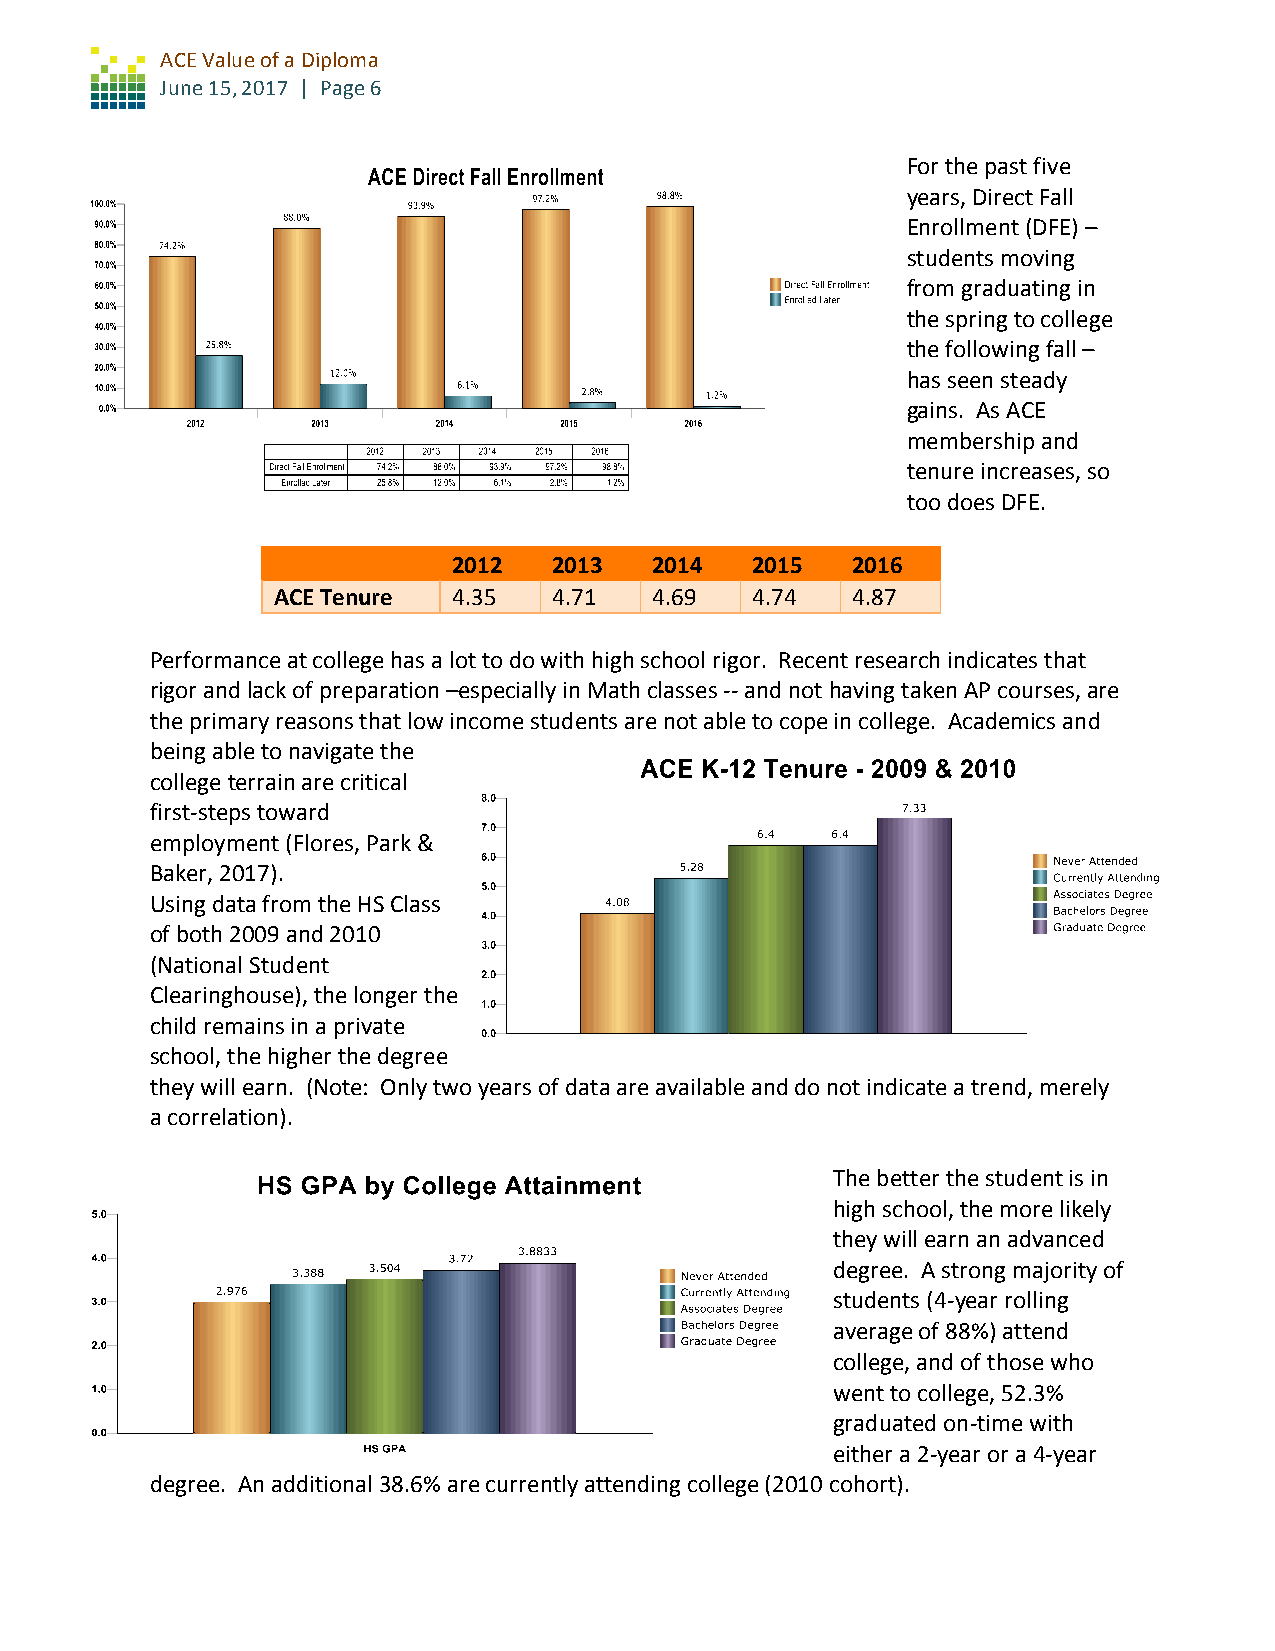
ACE Value of a Diploma
 June 15, 2017 | Page 6
 For the past five
 years, Direct Fall
 Enrollment (DFE) –
 students moving
 from graduating in
 the spring to college
 the following fall –
 has seen steady
 gains. As ACE
 membership and
 tenure increases, so
 too does DFE.
 2012   2013  2014   2015  2016
 ACE Tenure  4.35   4.71  4.69   4.74  4.87
 Performance at college has a lot to do with high school rigor. Recent research indicates that
 rigor and lack of preparation –especially in Math classes -- and not having taken AP courses, are
 the primary reasons that low income students are not able to cope in college. Academics and
 being able to navigate the
 college terrain are critical
 first-steps toward
 employment (Flores, Park &
 Baker, 2017).
 Using data from the HS Class
 of both 2009 and 2010
 (National Student
 Clearinghouse), the longer the
 child remains in a private
 school, the higher the degree
 they will earn. (Note: Only two years of data are available and do not indicate a trend, merely
 a correlation).
 The better the student is in
 high school, the more likely
 they will earn an advanced
 degree. A strong majority of
 students (4-year rolling
 average of 88%) attend
 college, and of those who
 went to college, 52.3%
 graduated on-time with
 either a 2-year or a 4-year
 degree. An additional 38.6% are currently attending college (2010 cohort).